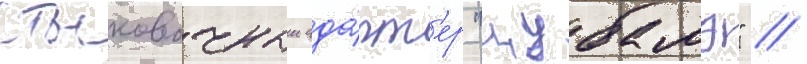
стыковочныи ада́пт'ер "цубамэ" //